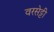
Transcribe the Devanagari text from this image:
वरसेट्टी